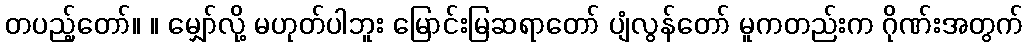
တပည့်တော်။ ။ မျှော်လို့ မဟုတ်ပါဘူး မြောင်းမြဆရာတော် ပျံလွန်တော် မူကတည်းက ဂိုဏ်းအတွက်